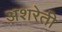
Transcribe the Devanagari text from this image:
अशरेती